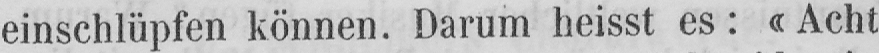
einschlüpfen können. Darum heisst es: «Acht